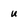
Character: u